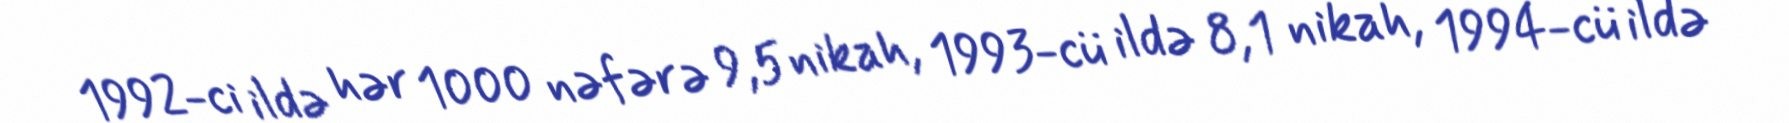
1992-ci ildə hər 1000 nəfərə 9,5 nikah, 1993-cü ildə 8,1 nikah, 1994-cü ildə